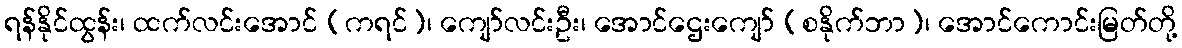
ရန်နိုင်ထွန်း၊ ထက်လင်းအောင် (ကရင်)၊ ကျော်လင်းဦး၊ အောင်ဌေးကျော် (စနိုက်ဘာ)၊ အောင်ကောင်းမြတ်တို့